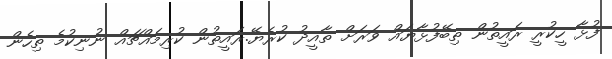
ފުޅާ ހީކުރީ ރައީތުން ތިބޭފުޅާޔައް ވަރަށް ތާއީދު ކުރެޔޭ.ރައީތުން ކުރިމައްޗައްް ނުނިކުމެ ތިހެން